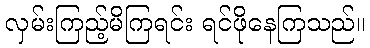
လှမ်းကြည့်မိကြရင်း ရင်ဖိုနေကြသည်။